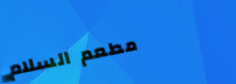
مطعم السلام